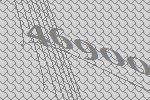
46900